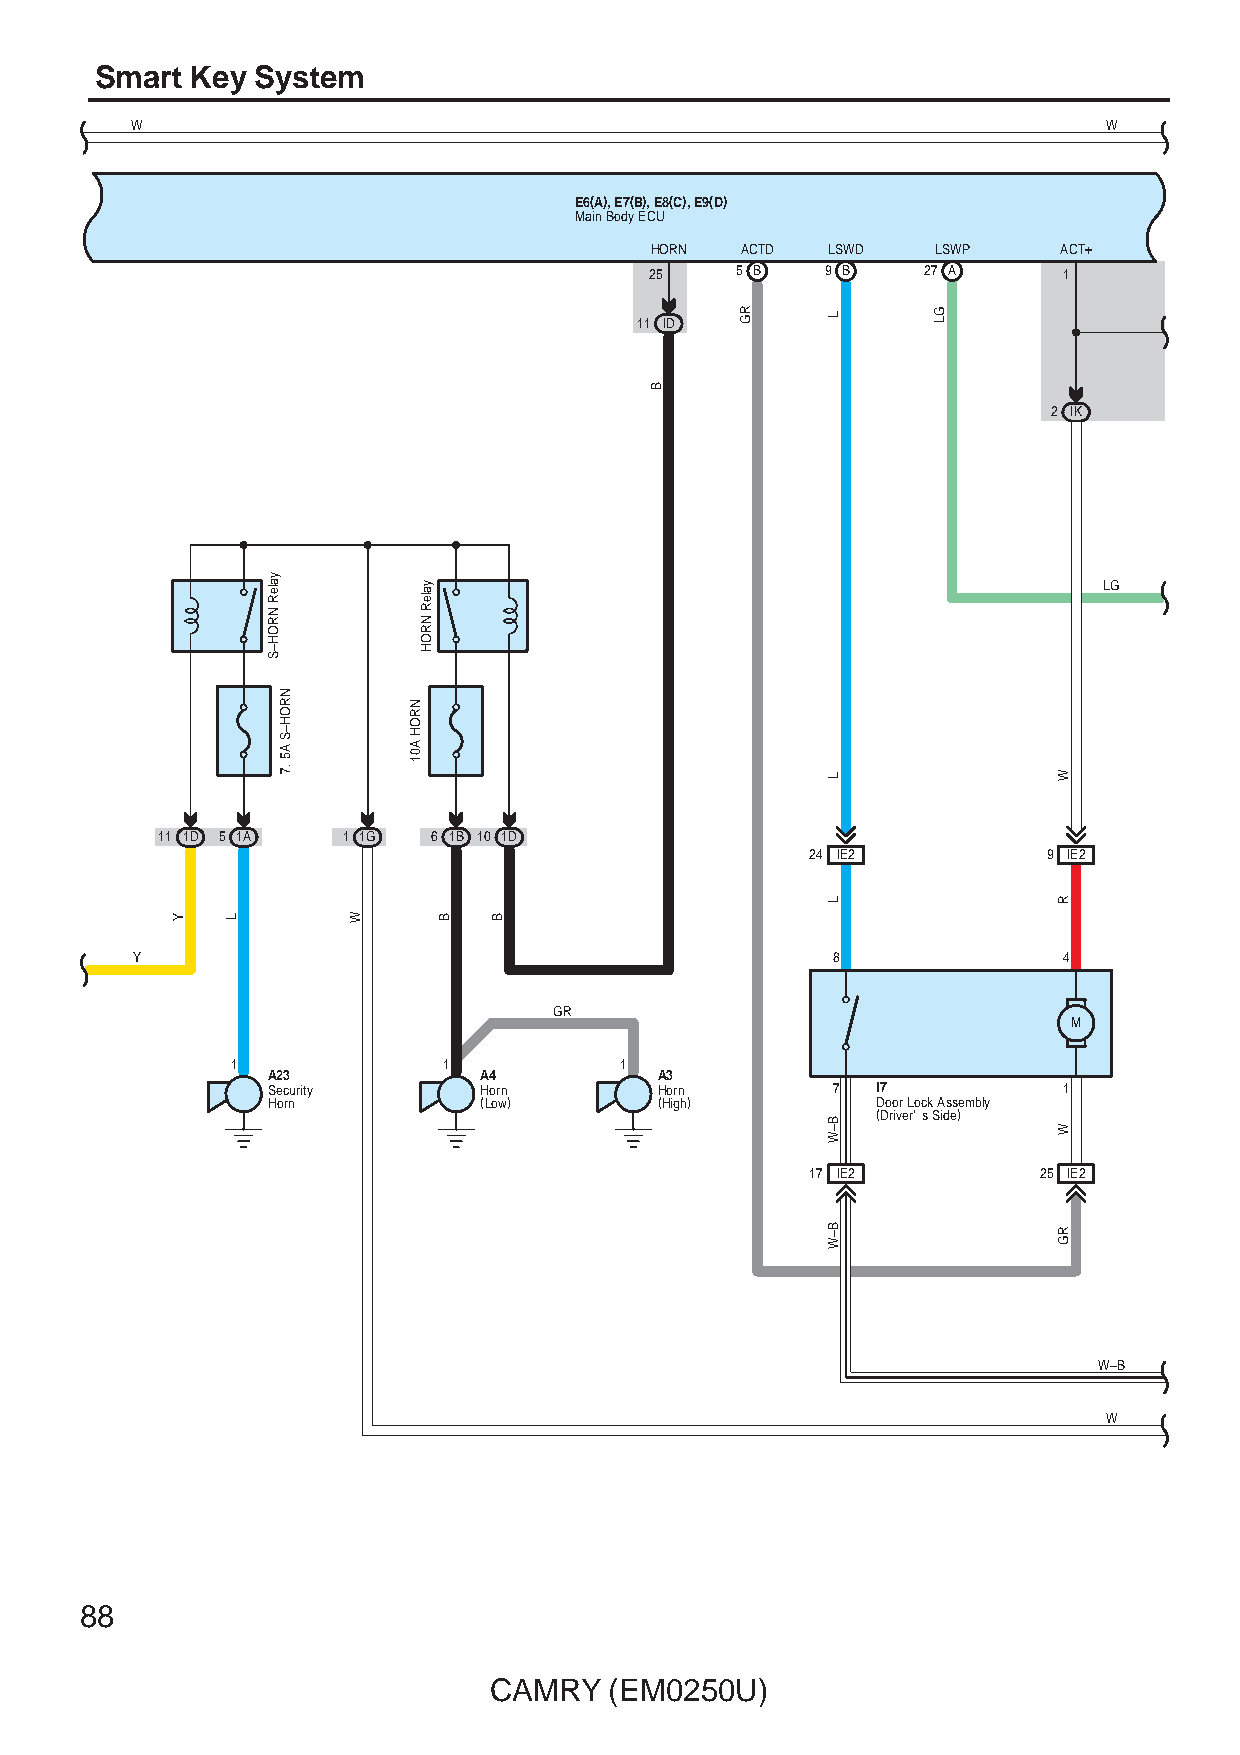
Smart  Key System
 W                                                               W
 E6(A), E7(B), E8(C), E9(D)
 Main Body ECU
 HORN  ACTD  LSWD   LSWP    ACT+
 25    5 B   9 B   27 A     1
 11 ID
 2 IK
 LG
 11 1D 5 1A   1 1G  6 1B 10 1D
 24 IE2         9 IE2
 Y                                             8              4
 GR
 M
 1             1           1
 A23           A4          A3
 Security      Horn        Horn       7  I7          1
 Horn          (Low)       (High)        Door Lock Assembly
 (Driver' s Side)
 17 IE2         25 IE2
 W–B
 W
 88
 CAMRY   (EM0250U)
 Y   L
 yaleR
 NROH–S
 NROH–S
 A5
 .7
 W
 NROH
 A01
 yaleR
 NROH
 B  B
 B
 RG    L
 L
 L
 B–W
 B–W
 GL
 W
 R
 W
 RG